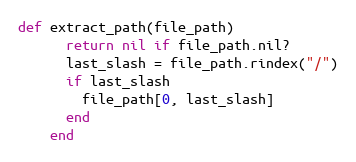
Language: Ruby
def extract_path(file_path)
      return nil if file_path.nil?
      last_slash = file_path.rindex("/")
      if last_slash
        file_path[0, last_slash]
      end
    end